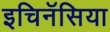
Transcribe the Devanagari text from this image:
इचिनॅसिया